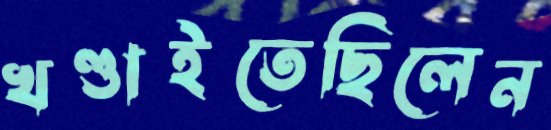
খণ্ডাইতেছিলেন